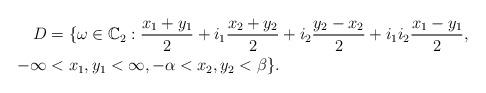
LaTeX: \begin{align*}D & =\{\omega\in\mathbb{C}_{2}:\frac{x_{1}+y_{1}}{2}+i_{1}\frac{x_{2}+y_{2}}{2}+i_{2}\frac{y_{2}-x_{2}}{2}+i_{1}i_{2}\frac{x_{1}-y_{1}}{2}, \\-\infty & <x_{1},y_{1}<\infty,-\alpha<x_{2},y_{2}<\beta\}.\end{align*}